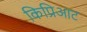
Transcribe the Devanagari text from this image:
किप्रिआट